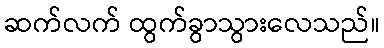
ဆက်လက် ထွက်ခွာသွားလေသည်။